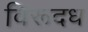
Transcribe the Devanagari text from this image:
विरूदध